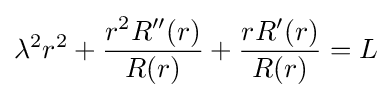
\lambda ^{2}r^{2}+{\frac {r^{2}R''(r)}{R(r)}}+{\frac {rR'(r)}{R(r)}}=L